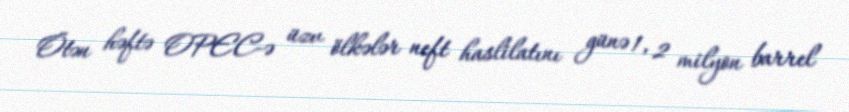
Ötən həftə OPEC-ə üzv ölkələr neft haslilatını günə 1, 2 milyon barrel